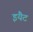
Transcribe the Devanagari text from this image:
इयैट